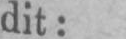
dit: